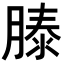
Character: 𬛍